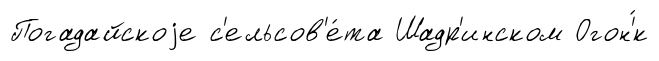
Погадайскоjе с'ельсов'е́та Шадр'инском Огон'́к